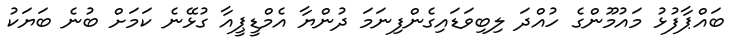
ބައްޕާފުޅު މައުމޫންގެ ހުއްދަ ލިބިވަޑައިގެންފިނަމަ ދުންޔާ އެމްޑީޕީއާ ގުޅޭނެ ކަމަށް ބުނެ ބަޔަކު